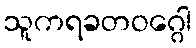
သူကရခတဝဂ္ဂေါ